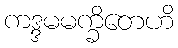
ကဒ္ဒမမက္ခိတေဟိ